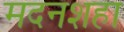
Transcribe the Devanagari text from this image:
मदनशहा